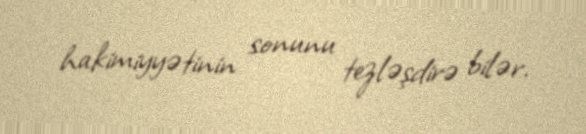
hakimiyyətinin sonunu tezləşdirə bilər.